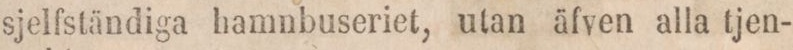
sjelfständiga hamnbuseriet, utan äfven alla tjen-